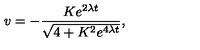
v = - \frac { K e ^ { 2 \lambda t } } { \sqrt { 4 + K ^ { 2 } e ^ { 4 \lambda t } } } ,